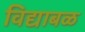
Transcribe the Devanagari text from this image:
विद्याबळ